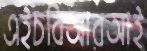
এইচবিআরআই